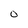
Character: O